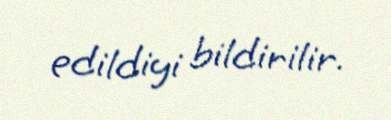
edildiyi bildirilir.